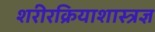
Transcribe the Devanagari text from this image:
शरीरक्रियाशास्त्रज्ञ